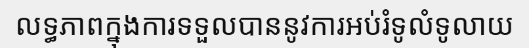
លទ្ធភាពក្នុងការទទួលបាននូវការអប់រំទូលំទូលាយ